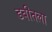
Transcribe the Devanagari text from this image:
डबीतला